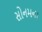
સોનમના